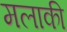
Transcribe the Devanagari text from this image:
मलाकी